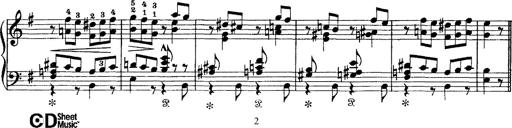
Title: Tarantelle di bravura dâ€™aprÃ¨s la tarantelle de La muette de Portici
Composer: Franz Liszt